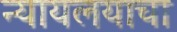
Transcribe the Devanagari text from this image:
न्यायलयाचा